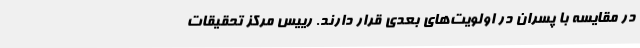
در مقایسه با پسران در اولویت‌های بعدی قرار دارند. رییس مرکز تحقیقات